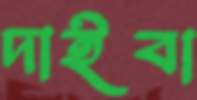
দাইবা